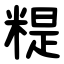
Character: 䊓